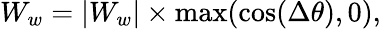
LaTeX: W_{w}=|W_{w}|\times\operatorname*{max}(\cos(\Delta\theta),0),